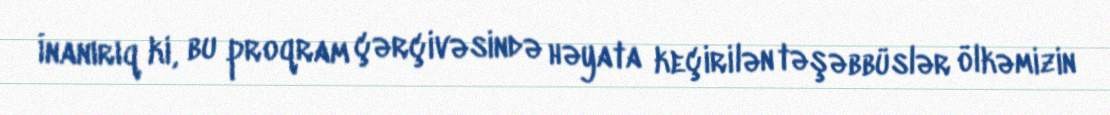
İnanırıq ki, bu proqram çərçivəsində həyata keçirilən təşəbbüslər ölkəmizin